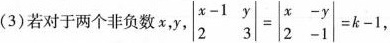
(3)若对于两个非负数x，y，$$\begin {vmatrix} x - 1 & y \\ 2 & 3 \end {vmatrix} = \begin {vmatrix} x & - y \\ 2 & - 1 \end {vmatrix} = k - 1$$，